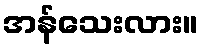
အန်သေးလား။